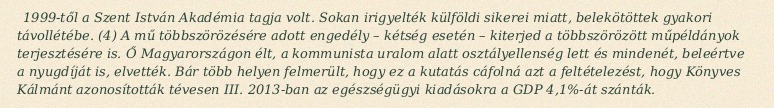
1999-től a Szent István Akadémia tagja volt. Sokan irigyelték külföldi sikerei miatt, belekötöttek gyakori távollétébe. (4) A mű többszörözésére adott engedély – kétség esetén – kiterjed a többszörözött műpéldányok terjesztésére is. Ő Magyarországon élt, a kommunista uralom alatt osztályellenség lett és mindenét, beleértve a nyugdíját is, elvették. Bár több helyen felmerült, hogy ez a kutatás cáfolná azt a feltételezést, hogy Könyves Kálmánt azonosították tévesen III. 2013-ban az egészségügyi kiadásokra a GDP 4,1%-át szánták.